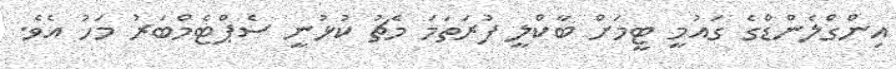
އިންގްލެންޑްގެ ގައުމީ ޓީމަށް ބާކްލީ ފުރަތަމަ މެޗު ކުޅުނީ ސެޕްޓެމްބަރު މަހު އެވެ.